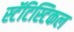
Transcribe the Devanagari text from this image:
स्टॅटिस्टिकल